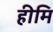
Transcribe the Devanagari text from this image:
हीमि